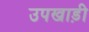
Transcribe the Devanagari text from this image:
उपखाड़ी